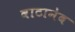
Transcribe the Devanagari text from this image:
वाटानेब